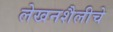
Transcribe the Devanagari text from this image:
लेखनशैलीचे